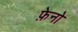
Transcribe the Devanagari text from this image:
फ़ेनो